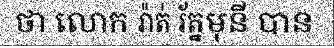
ថា លោក រ៉ាត់ រ័ត្នមុនី បាន